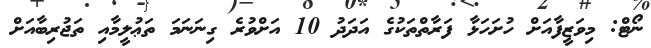
ނޯޓް: މިވަޒީފާއަށް ހުށަހަޅާ ފަރާތްތަކުގެ އަދަދު 10 އަށްވުރެ ގިނަނަމަ ތަޢުލީމާއި ތަޖުރިބާއަށް